Annual administration report of the Civil Veterinary Department, Sind - 1938-1939
Year: 1938
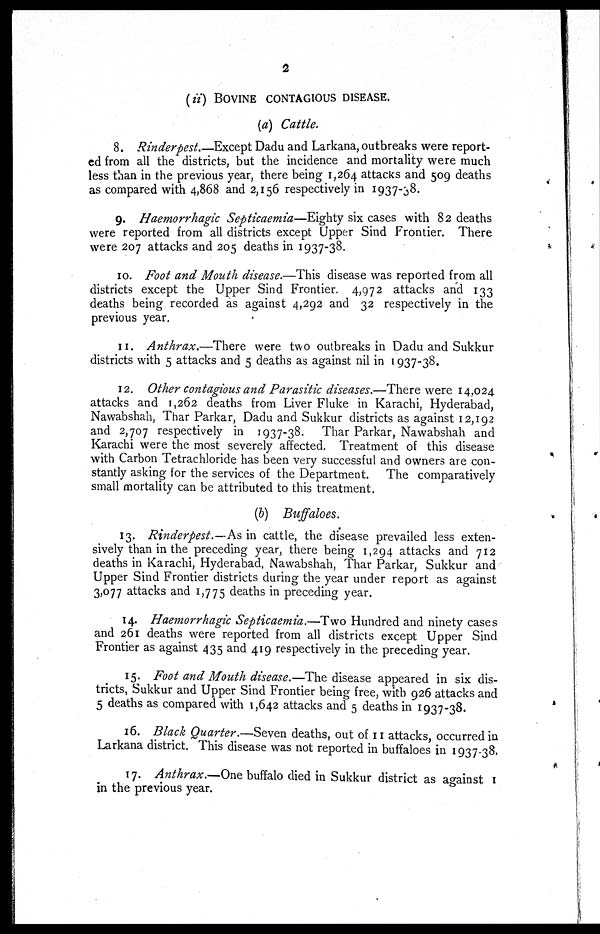
2
(ii) BOVINE CONTAGIOUS DISEASE.
(a) Cattle.
8. Rinderpest
Except Dadu and Larkana, outbreaks were report-
ed from all the districts, but the incidence and mortality were much
less than in the previous year, there being 1,264 attacks and 509 deaths
as compared with 4,868 and 2,156 respectively in 1937-38.
9. Haemorrhagic Septicaemia—Eighty six cases with 82 deaths
were reported from all districts except Upper Sind Frontier. There
were 207 attacks and 205 deaths in 1937-38.
10. Foot and Mouth disease.—This disease was reported from all
districts except the Upper Sind Frontier. 4,972 attacks and 133
deaths being recorded as against 4,292 and 32 respectively in the
previous year.
11. Anthrax.—There
were two outbreaks in Dadu and Sukkur
districts with 5 attacks and 5 deaths as against nil in 1937-38.
12. Other contagious and Parasitic diseases.—There were 14,024
attacks and 1,262 deaths from Liver Fluke in Karachi, Hyderabad,
Nawabshah, Thar Parkar, Dadu and Sukkur districts as against 12,192
and 2,707 respectively in 1937-38. Thar Parkar, Nawabshah and
Karachi were the most severely affected. Treatment of this disease
with Carbon Tetrachloride has been very successful and owners are con-
stantly asking for the services of the Department. The comparatively
small mortality can be attributed to this treatment.
(b) Buffaloes.
13. Rinderpest.—As in cattle, the disease prevailed less exten-
sively than in the preceding year, there being 1,294 attacks and 712
deaths in Karachi, Hyderabad, Nawabshah, Thar Parkar, Sukkur and
Upper Sind Frontier districts during the year under report as against
3,077 attacks and 1,775 deaths in preceding year.
14. Haemorrhagic Septicaemia.—Two Hundred and ninety cases
and 261 deaths were reported from all districts except Upper Sind
Frontier as against 435 and 419 respectively in the preceding year.
15. Foot and Mouth disease.—The disease appeared in six dis-
tricts, Sukkur and Upper Sind Frontier being free, with 926 attacks and
5 deaths as compared with 1,642 attacks and 5 deaths in 1937-38.
16. Black Quarter.—Seven deaths, out of II attacks, occurred in
Larkana district. This disease was not reported in buffaloes in 1937-38.
17. Anthrax.—One buffalo died in Sukkur district as against 1
in the previous year.